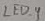
Text: LED_9